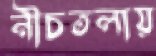
নীচতলায়